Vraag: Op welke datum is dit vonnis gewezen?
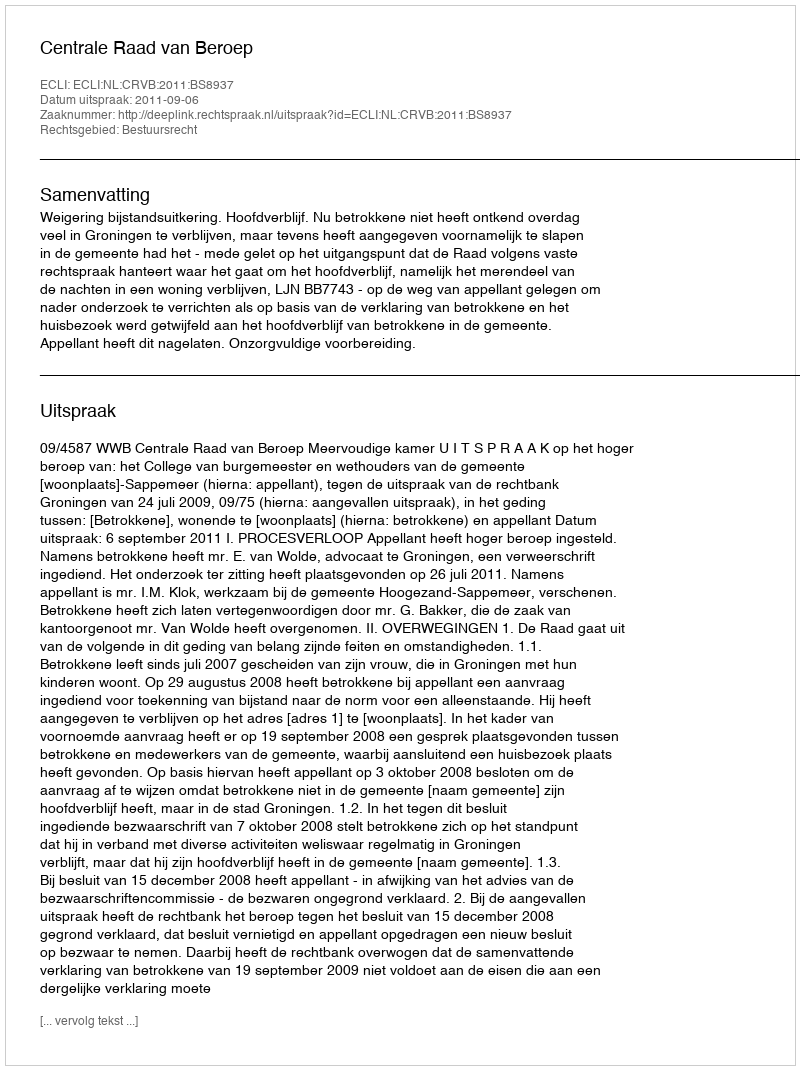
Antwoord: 2011-09-06